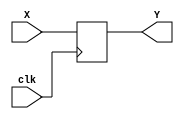
module shiftRegFIFO(X, Y, clk);
   parameter depth=1, width=1;

   output [width-1:0] Y;
   input  [width-1:0] X;
   input              clk;

   reg [width-1:0]    mem [depth-1:0];
   integer            index;

   assign Y = mem[depth-1];

   always @ (posedge clk) begin
      for(index=1;index<depth;index=index+1) begin
         mem[index] <= mem[index-1];
      end
      mem[0]<=X;
   end
endmodule